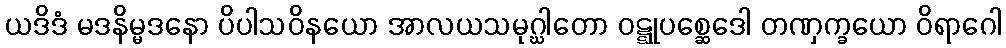
ယဒိဒံ မဒနိမ္မဒနော ပိပါသဝိနယော အာလယသမုဂ္ဃါတော ဝဋ္ဋုပစ္ဆေဒေါ တဏှက္ခယော ဝိရာဂေါ